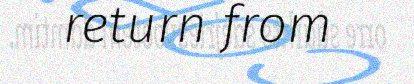
return from